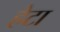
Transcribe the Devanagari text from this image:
हेटा